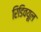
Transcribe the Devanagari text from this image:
रिडिवयूल